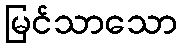
မြင်သာသော